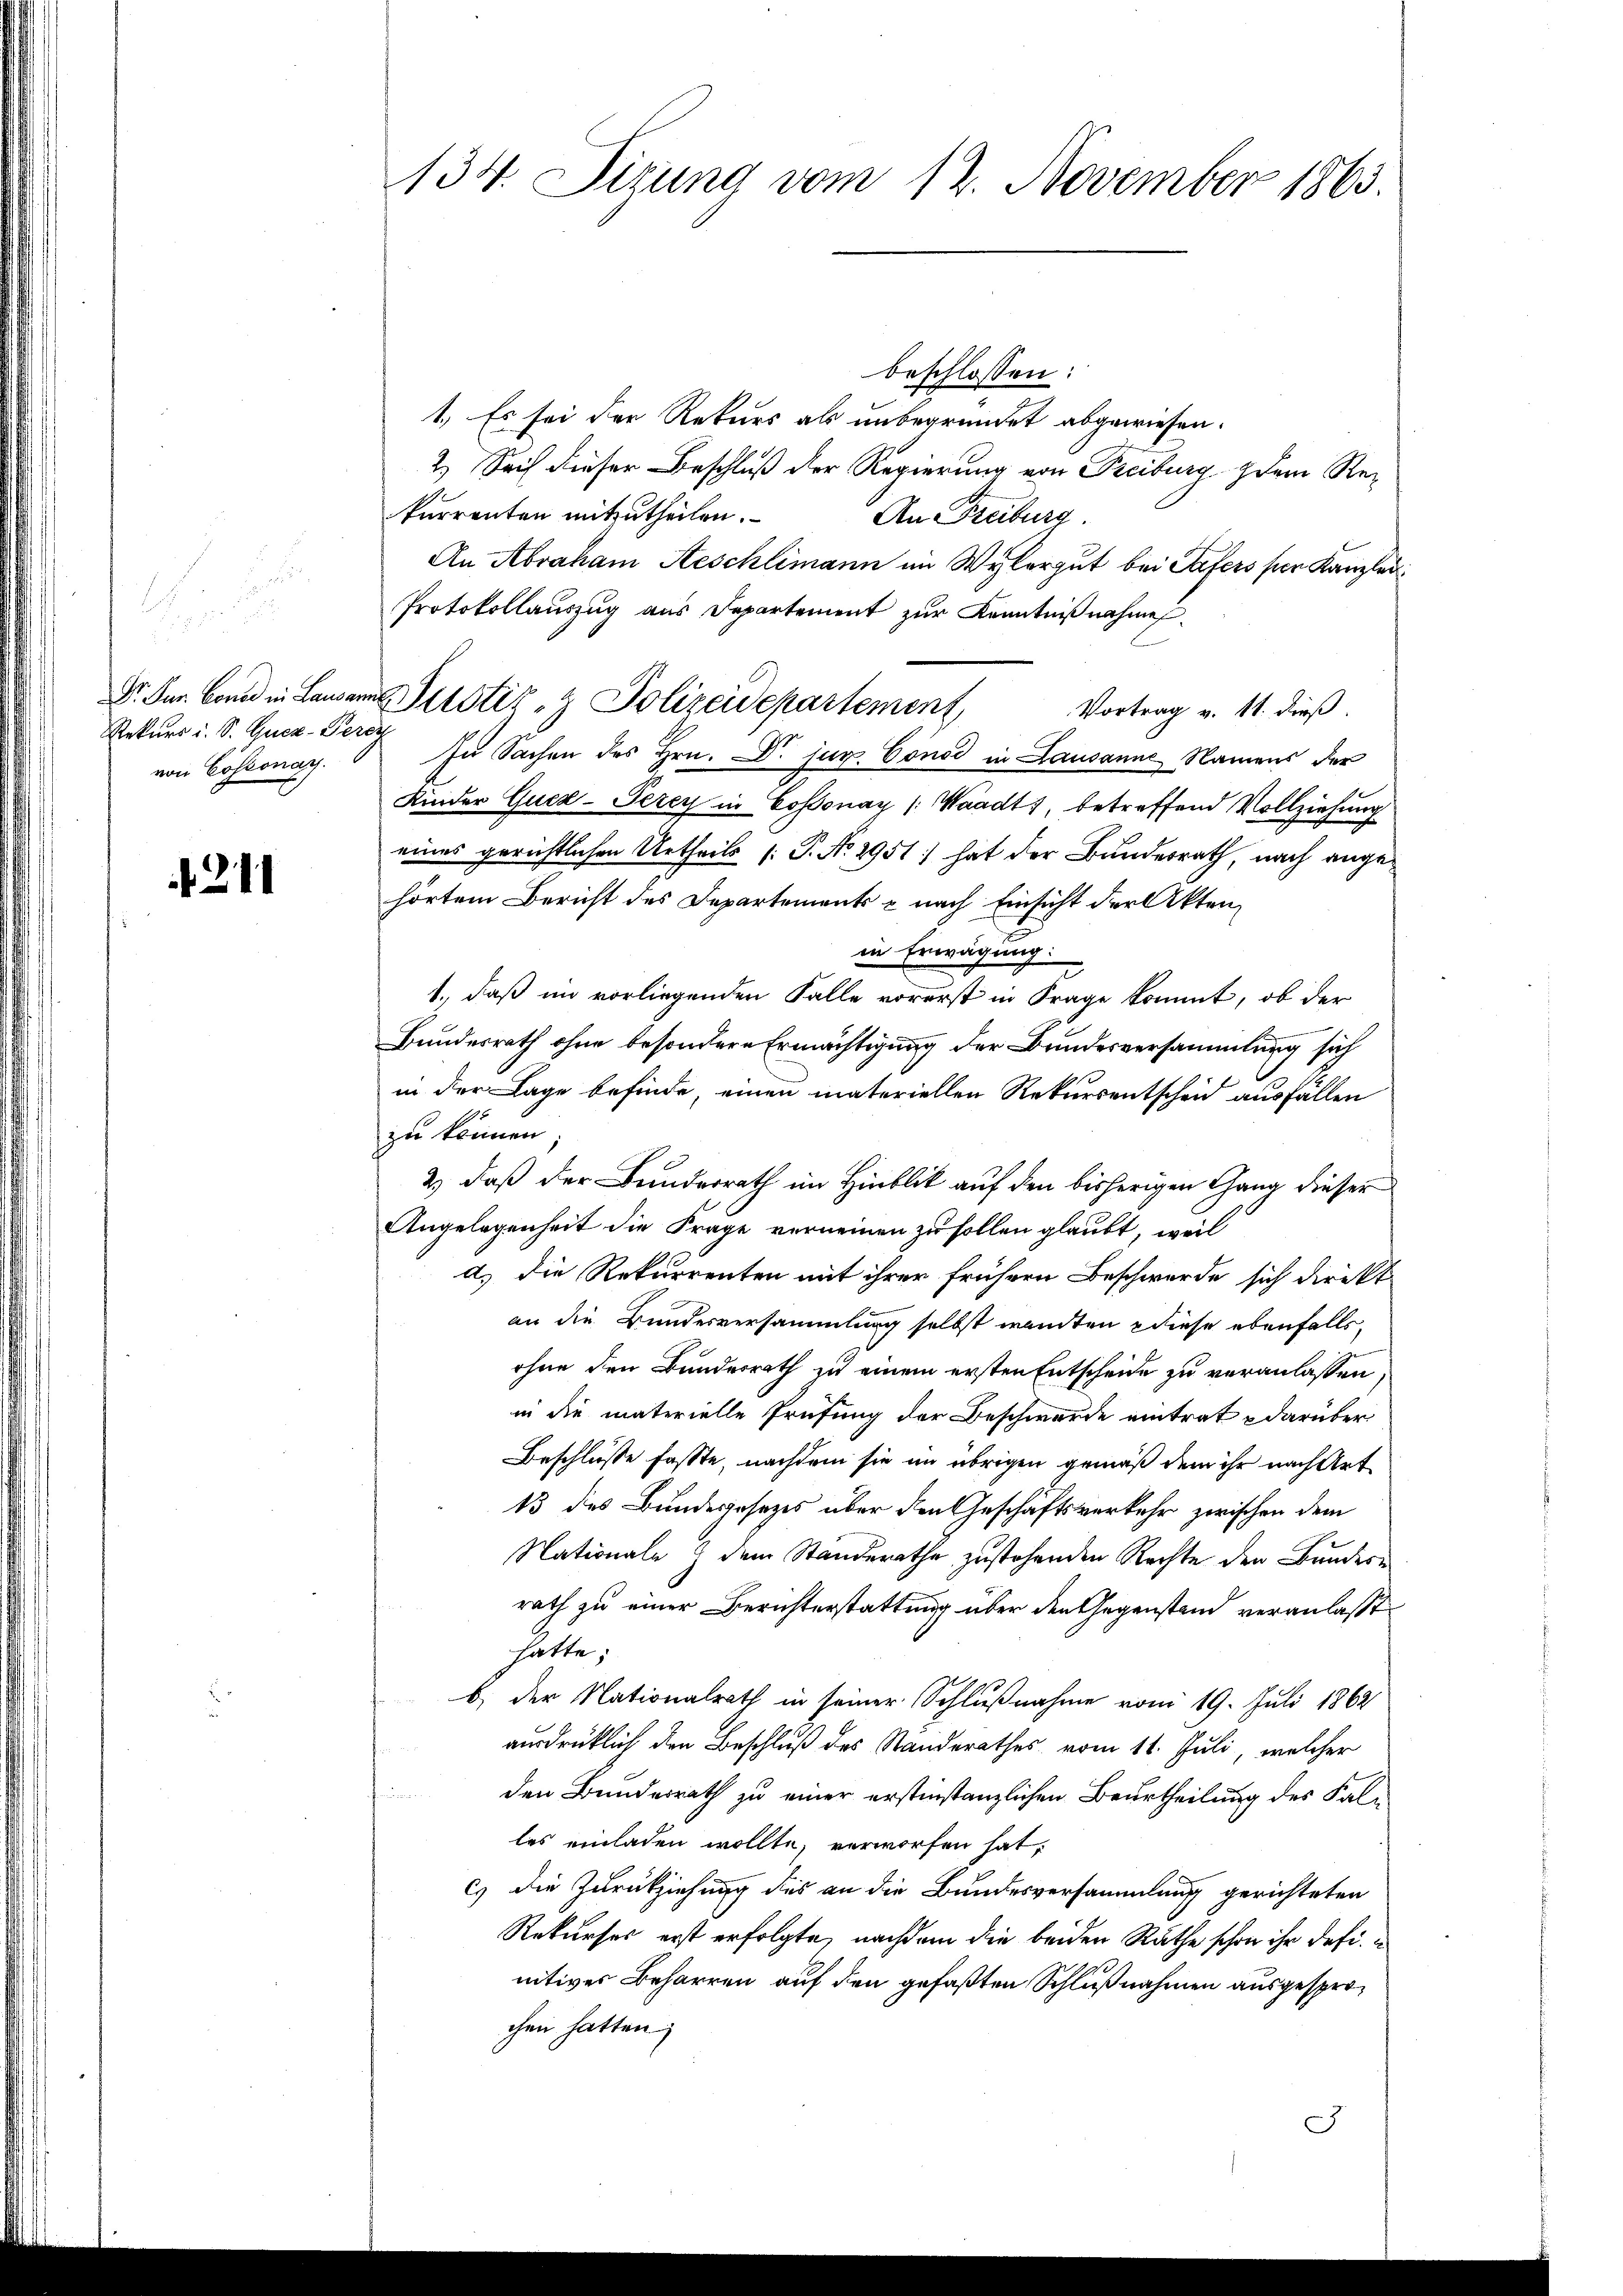
F
d

Rekurs i. S. Gucz-Perey
von Cossonay.

1211

134. Sizung vom 12. November 1863.

beschlossen:
1. Es sei der Rekurs als unbegründet abgewiesen.
2.) Sach dieser Beschluß der Regierung von Freiburg dem Rekurrenten mitzutheilen.
An Freiburg
An Abraham Aeschlimann im Wylergut bei Tafers für Kanzlei
Protokollauszug aus Departement zur Kenntnißnahme
Dr. Fr. von in Lausanne Perstiz & Polizeidepartement Vortrag v. 11. dieβ.
zu Sachen des Hrn. Dr. jur. Const in Lausanne Namens der
Kinder Qued-Tezey in Cossonay (Waadt, betreffend Vollziehung
eines gerichtlichen Urtheils (T. No 2951) hat der Bundesrath, nach angehörtem Bericht des Departements & nach Einsicht der Aktenin Erwägung:
1., daß im vorliegenden Falle vorerst in Frage kommt, ob der
.
Bundesrath ohne besondere Ermächtigung der Bundesversammlung sich
in der Lage befinde, einen materiellen Rekursentscheid ausfällen
zu können;
2) daß der Bunderrath im Hinblick auf den bisherigen Gang dieser
Angelegenheit die Frage verneinen zu sollen glaubt, weil
d.) die Rekurrenten mit ihrer frühern Beschwerde sich direkt
an die Bundesversammlung selbst wandten diese ebenfalls,
ohne den Bundesrath zu einem ersten Entscheide zu veranlassen,
in die materielle Prüfung der Beschwerde eintrat darüber
Beschlüsse fasste, nachdem sie im übrigen gemäß dem ihr nach Art
13 des Bundesposezes über den Geschäftsverkehr zwischen dem
Nationale dem Ständerathe zustehenden Rechte den Bundesrath zu einer Berichterstattung über den Gegenstand veranlaßt,
hatte;
b) der Nationalrath in seiner Schlußnahme vom 19. Juli 1862
ausdrücklich den Beschluß des Standerathes vom 11. Juli, welcher
n
den Bundesrath zu einer erstinstanzlichen Beurtheilung des Falles einladen wollte, verworfen hat.
cs die Zurückziehung des an die Bundesversammlung gerichteten
Rekurses erst erfolgte, nachdem die beiden Rathe schon ihr defi
nitiver Beharren auf den gefaßten Schlußnahmen ausgesprochen hatten.
J